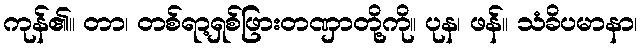
ကုန်၏။ တာ၊ တစ်ရာ့ရှစ်ဖြားတဏှာတို့ကို။ ပုန၊ ဖန်။ သံခိပမာနာ၊